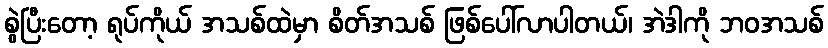
စွဲပြီးတော့ ရုပ်ကိုယ် အသစ်ထဲမှာ စိတ်အသစ် ဖြစ်ပေါ်လာပါတယ်၊ အဲဒါကို ဘဝအသစ်